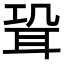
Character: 𦕓